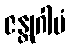
ဇန္တုဂါမံ